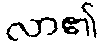
လာ၏